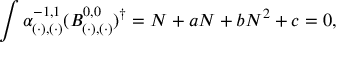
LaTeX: \int \alpha _ { ( \cdot ) , ( \cdot ) } ^ { - 1 , 1 } ( B _ { ( \cdot ) , ( \cdot ) } ^ { 0 , 0 } ) ^ { \dagger } = N + a N + b N ^ { 2 } + c = 0 ,